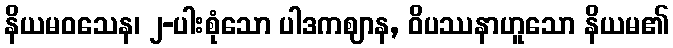
နိယမဝသေန၊ ၂-ပါးစုံသော ပါဒကဈာန, ဝိပဿနာဟူသော နိယမ၏